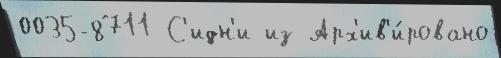
0035-8711 С'идн'и из Арх'ив'и́ровано